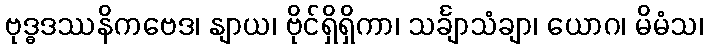
ဗုဒ္ဓဒဿနိကဗေဒ၊ နျာယ၊ ဗိုင်ရှိရှိကာ၊ သင်္ချာသံချာ၊ ယောဂ၊ မိမံသ၊